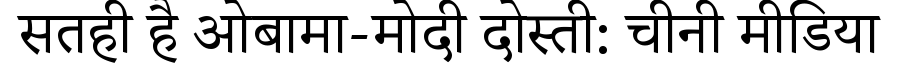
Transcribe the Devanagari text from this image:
सतही है ओबामा-मोदी दोस्ती: चीनी मीडिया